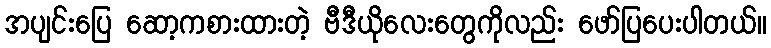
အပျင်းပြေ ဆော့ကစားထားတဲ့ ဗီဒီယိုလေးတွေကိုလည်း ဖော်ပြပေးပါတယ်။